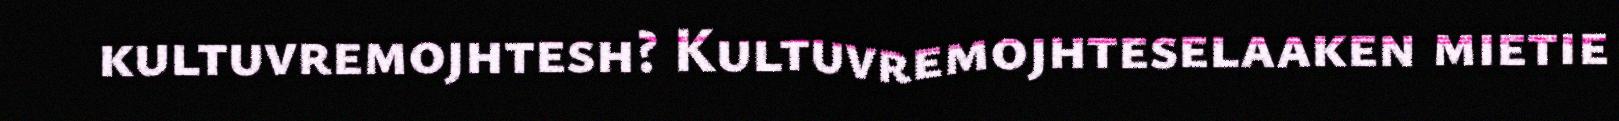
kultuvremojhtesh? Kultuvremojhteselaaken mietie